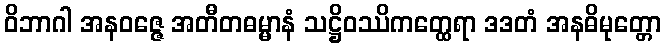
ဝိဘာဂါ အနဝဇ္ဇေ အတီတဓမ္မာနံ သဋ္ဌိဝဿိကတ္ထေရာ ဒဒတံ အနဓိမုတ္တော